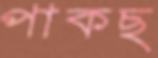
পাকছ